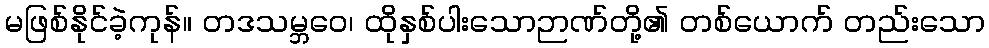
မဖြစ်နိုင်ခဲ့ကုန်။ တဒသမ္ဘဝေ၊ ထိုနှစ်ပါးသောဉာဏ်တို့၏ တစ်ယောက် တည်းသော